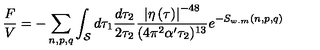
\frac { F } { V } = - \sum _ { n , p , q } \int _ { \cal S } d \tau _ { 1 } \frac { d \tau _ { 2 } } { 2 \tau _ { 2 } } \frac { \left| \eta \left( \tau \right) \right| ^ { - 4 8 } } { ( 4 \pi ^ { 2 } \alpha ^ { \prime } \tau _ { 2 } ) ^ { 1 3 } } e ^ { - S _ { w . m } ( n , p , q ) }